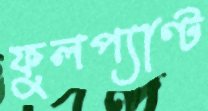
ফুলপ্যাণ্ট